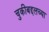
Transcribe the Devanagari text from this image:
चुकीबद्दलच्या